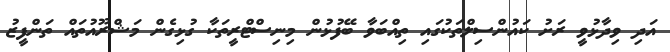
އަދި ވިދާޅުވީ ރަށު ކައުންސިލްތަކުގައި ތިއްބަވާ ބޭފުޅުން މިނިސްޓްރީތަކާ ގުޅިގެން މަޝްރޫއުތައް ތަންފީޒު